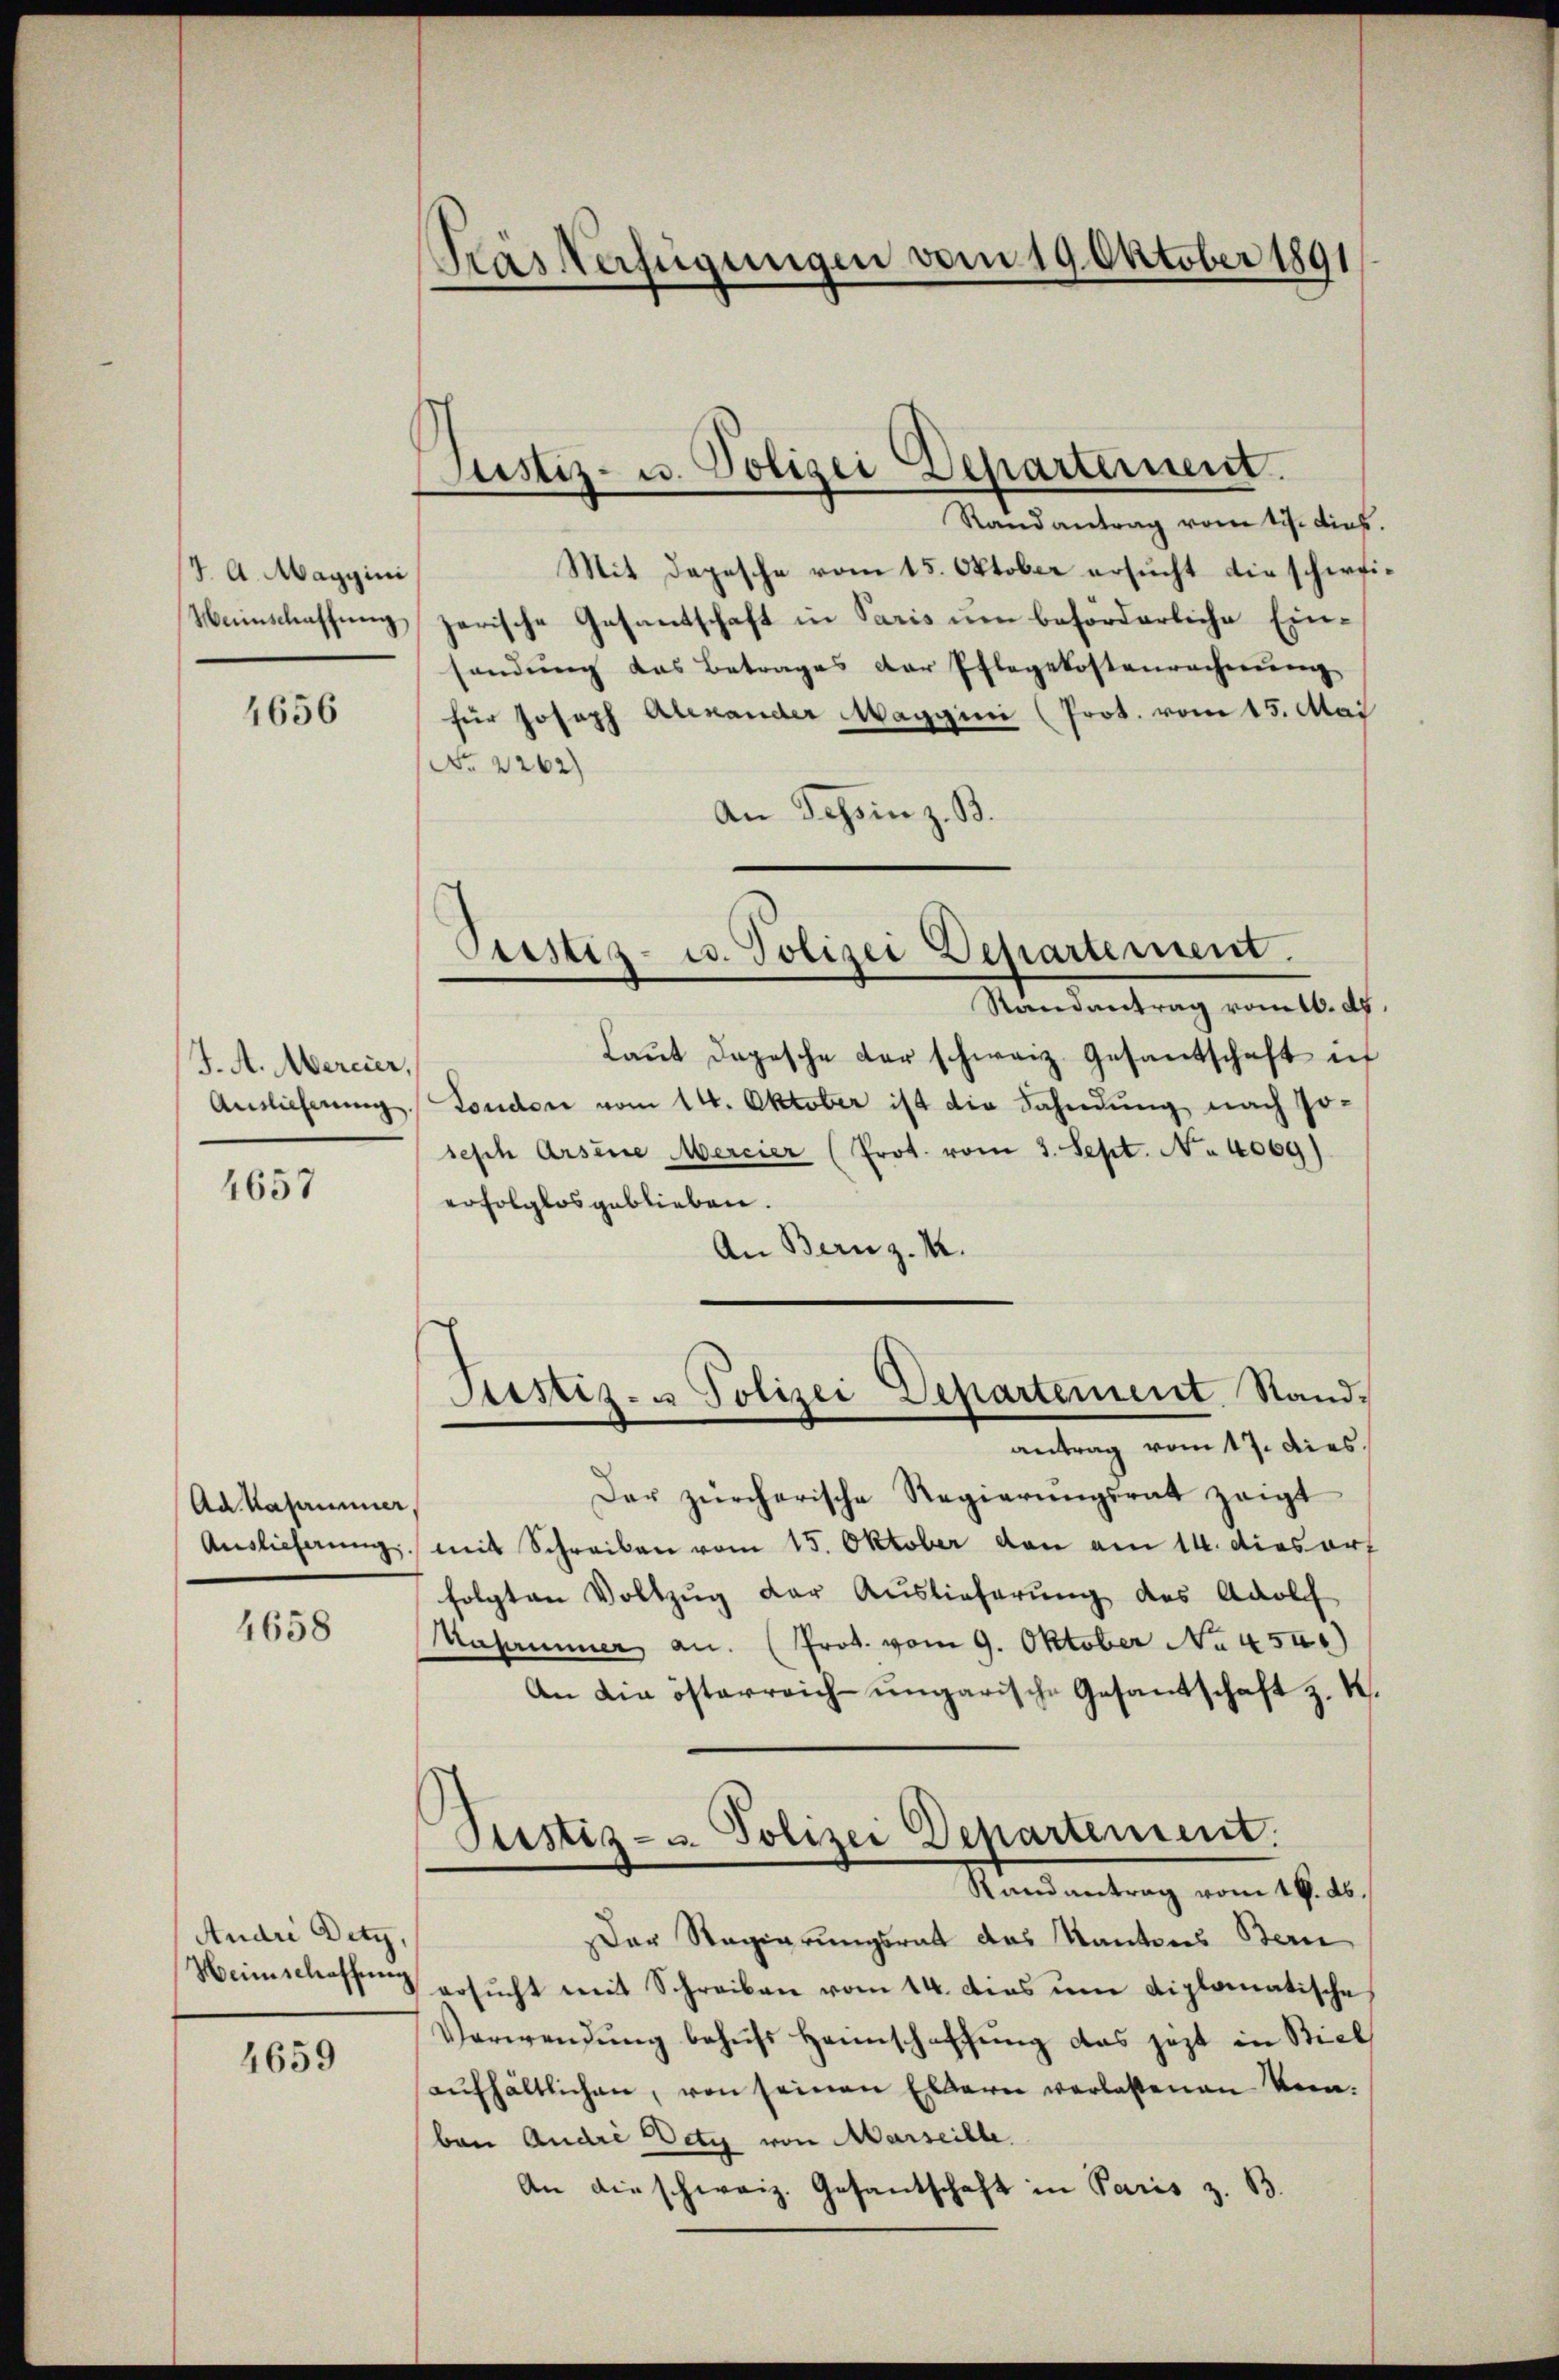
J. A. Maggini
Weinschaffung

4656

J. A. Mercier,
Auslieferung

4657

Ad Kasammer,
Auslieferung.

4658

Andri Detz,
Heimschaffung

4659

Kras Verfügungen vom 19. Oktober 1891

Justiz- u. Polizei Departement.

Randantrag vom 11. dies
Mit Depesche vom 15. Oktober ersucht die schirfizerische Gesantschaft in Paris um beforderliche Einsendung das Betrages der Pflegekostenrechnŭng
für Joseph Alexander Maggini (Prot. vom 15. Mai
No 2262)
An Tessin z. B.
Randantrag vom 10. d.
Laŭt dopesche der schweiz. Gesantschaft in
London vom 14. Oktober ist die Fahndung nach Josesch Arsene Mercier (Prot. vom 3. Sept. No 4069).
erfolglos geblieben
An Bern z. K.
Justiz- & Polizei Departement Standantrag vom 17. dies
Der zürcherische Regierŭngsrat zeigt
mit Schreiben vom 15. Oktober von am 14. dies art
folgten Vollzug der Auslieferung des Adolph
Kasammer an. (Prot. vom 9. Oktober No 454.)
An die österreich-ungarische Gesandtschaft z. K.
.
Justiz- u. Polizei Departement.
Randantrag vom 16. ds.
Der Regierungsrat des Kantons Bern
ersŭcht mit Schreiben vom 14. dies ŭm diplomatische
Verwendŭng behŭfs Hannschaffŭng das jezt in Biel
aŭfhältlichen, von seinen Eltern verlassenen Kenben Andre Dety von Marseille.
An die schweiz. Gesandschaft in Paris z. B.

Justiz- u. Polizei Departement.